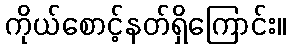
ကိုယ်စောင့်နတ်ရှိကြောင်း။